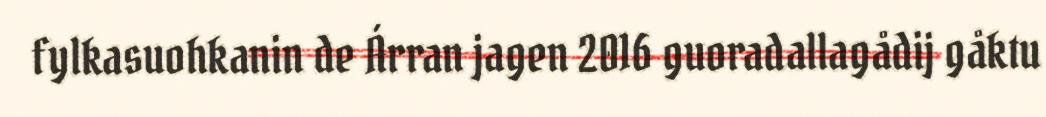
fylkasuohkanin de Árran jagen 2016 guoradallagådij gåktu